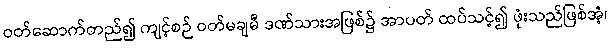
ဝတ်ဆောက်တည်၍ ကျင့်စဉ် ဝတ်မချမီ ဒဏ်သားအဖြစ်၌ အာပတ် ထပ်သင့်၍ ဖုံးသည်ဖြစ်အံ့၊